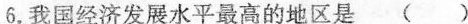
6. 我国经济发展水平最高的地区是( )